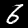
Label: 6